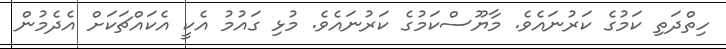
ހިތްދަތި ކަމުގެ ކަރުނައެވެ. މާޔޫސްކަމުގެ ކަރުނައެވެ. މުޅި ގައުމު އެކީ އެކައްޗަކަށް އެދެމުން